Medical and sanitary report of the native army of Bengal for the year
Year: 1878
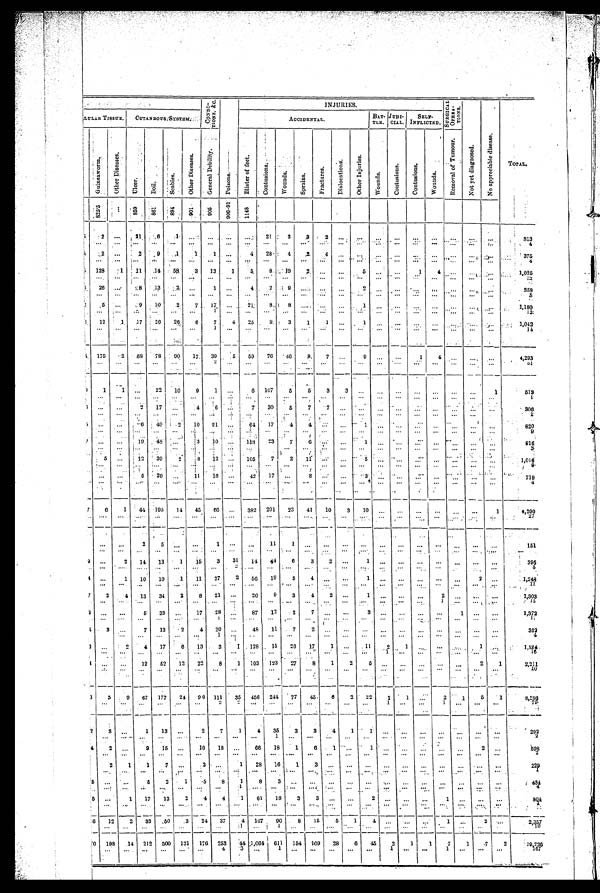
CONDI-
TIONS. &c.
INJURIES.
SURGI CAL
OPERA- TIONS.
LULAR T I S S U E .
CUTAN BOUS SYSTEM
ACCIDENTAL.
BAT-
TLE.
JUDI-
CIAL.
S
ELF-
INFLICTED.
G u i n e a w o r m .
O t h e r D i s e a s r s .
U l c e r .
B o i l .
S c a b i e s .
O t h e r D i s e a s e s .
G e n e r a l D e b i l i t y .
P o i s o n s . B l i s t e r o f f e e t .
C o n t u s i o n s .
W o u n d s .
S p r a i n s .
F r a c t u r e s .
D i s l o c a t i o n s .
O t h e r I n j u r i e s .
W o u n d s .
C o n t u s i o n s .
C o n t u s i o n s .
W o u n d s .
R e m o v a l o f T u m o u r .
N o t y e t d i a g n o s e d .
N o a p p r e c i a b l e d i s e a s e .
T O T A L .
8 2 5 . 5
...
859 861
8 9 4
9 0 1
9 0 5
9 0 6 - 9 1
1 1 4 8
5
2
. . .
2 1
6
1
. . .
. . .
. . .
...
21
3
3
2
. . .
. . .
. . .
. . .
...
. . .
. . .
. . .
. . .
313
...
...
...
. . . . . .
. . .
. . .
...
. . .
. . .
. . .
. . .
. . .
. . .
. . .
. .
. . .
...
...
. . .
. . .
. . .
4
2 ...
2
9
1
1
1 ...
4 28
4
2
4
. . .
. . .
. . .
. . .
...
...
. . .
. . .
. . .
375
... ...
... ...
. . .
. . .
. . . ...
. . .
. . .
. . .
. . .
. . . . . .
. . .
. . .
. . .
...
. . .
. . .
. . .
. . .
4
6 128
1
11
14
58
3
13
1
5
8 19
2
. . .
. . .
. . .
. . .
. . .
...
... ...
. . .
. . .
1,025
... ...
...
. . . ...
. . . ...
...
. . .
...
. . .
. . . . . .
. . .
...
. . .
. . .
. . .
...
. . . ...
...
1 2 .
26 ...
28 13
2
. . .
1 ...
4
2
9
. . . ...
. . .
2
. . . ...
. . . ...
. . .
. . .
. . .
3 5 8
...
. . .
...
. . .
. . .
. . .
. . . ...
...
. . . ...
. . .
. . .
. . .
. . .
. . .
. . .
. . .
. . .
. . .
. . .
. . .
5
5 ...
9
10
2
7
17 ...
21
8
8 ....
. . .
. . .
1
. . .
...
. . . ... ....
. . .
. . .
1,180
... ...
...
. . .
. . .
. . .
1
. . .
. . .
. . .
. . .
. . .
. . . ...
. . .
. . .
. . . ...
...
...
...
...
13
12
1
17
26 26
6
7
4
25
9
3
1
1
. . .
1
. . . ...
...
...
. . .
...
. . .
1,042
...
...
...
. . .
. . .
. . .
1
. . .
. . . . . .
. . .
. . .
. . .
. . .
. . . ...
...
...
. . .
. . .
. . .
. . .
14
175
2
68
78 90
17
39
5
59
76
46
8
7 ...
9
. . .
...
1
4
. . .
...
. . .
4,293
. . .
. . .
...
. . .
. . .
. . .
2
. . .
. . .
. . . . . .
. . .
. . .
. . .
. . .
. . .
. . .
...
. . . . . .
... ...
6 1
1
1
. . .
22
10
9
1
. . .
6 107
5
5
3
3
. . .
...
. . . ...
...
. . .
. . .
1
5 1 9
. . .
. . .
. . .
. . .
...
...
. . .
. . .
. . .
. . .
. . .
. . . ...
. . .
. . .
. . .
. . .
. . .
. . .
. . .
. . .
. . .
1
. . .
. . .
2
17 ...
4
6 ...
7
30
5
7 7
. . .
. . . ...
...
...
...
. . . ...
...
306
. . .
. . .
. . . ...
......
. . .
. . .
. . .
. . .
. . . ...
. . .
. . .
. . .
. . .
. . .
. . .
. . .
. . .
1
...
. . .
6
40
2
10
21
. . .
64
17
4
4
. . .
. . .
1
. . .
. . . ...
...
. . .
. . .
. . .
820
. . .
. . .
. . .
. . .
. . .
...
. . .
. . .
. . .
. . .
. . .
. . .
. . .
...
...
...
. . . ...
...
. . .
. . . . . .
9
. . .
. . .
19
48
...
3
10
. . . 158
23
7
6
...
. . .
1 ...
...
. . . ...
. . .
. . . .. .
916
. . .
. . .
. . .
. . .
. . .
......
...
. . .
. . .
. . . ...
. . .
. . .
. . .
. . .
. . .
. . . ...
...
...
3
5 . . .
1 2 39
2 8
12
. . .
105
7
2
11
...
. . .
5
...
. . .
. . . ...
. . .
. . .
. . .
1, 016
. . .
. . .
. . .
. . .
. . . ...
...
...
...
. . . ...
. . .
...
...
. . .
. . .
. . .
. . . ...
. . .
. . .
...
9
. . .
. . .
5 29
. . .
11 16
...
42
17 ... 8
...
. . .
3 ... ...
. . . . . .
. . .
. . .
. . .
719
...
. . .
. . .
. . .
. . . ...
...
... ...
. . .
. . .
...
...
. . .
. . .
. . .
. . .
. . .
. . .
. . .
. . .
. . .
4
7
6
1
44 195
14
45
66
. . .
382 201
23
41
10
3
1
...
. . .
...
...
. . . ...
1
4,290
. . . .
. . . .
. . . .
. . .
. . .
. . .
...
. . .
. . .
. . .
. . .
. . .
. . .
. . .
...
. . .
. . .
. . .
. . .
. . .
. . .
. . .
27
. . .
. . .
2
5
. . .
. . .
1 ...
...
11
1
. . .
. . .
. . .
. . . ...
. . .
...
...
. . .
...
...
151
. . .
. . .
. . . ...
. . .
. . .
. . .
. . .
. . .
. . .
. . .
. . .
. . .
. . .
. . .
. . . ...
. . .
. . .
. . .
...
. . .
. . .
9
. . .
2
14
13
1
15
3
31
14
44
6
3
2
. . .
1
. . .
. . . ...
. . .
. . .
...
. . .
395
. .
. . .
. . .
. . .
. . .
. . .
. . .
. . .
2 . . .
. . .
. . .
. . .
. . .
. . .
. . .
. . .
. . .
. . .
. . .
. . .
. . .
. . .
. . .
5
4
. . .
1
10
10
1
11
27
2
56
19
5
4
. . .
. . .
1 ...
...
...
...
. . .
2 ...
1,248
. . .
. . .
. . .
. . .
. . .
. . .
. . .
...
. . .
. . .
...
. . .
. . .
. . .
. . .
. . . . . .
. . .
. . .
. . .
...
. . .
12
7
2
4
13
34
2
8
21 ...
20
9
3
4
2
. . .
1
. . .
. . .
. . .
2
. . .
...
. . .
1,303
. . .
. . .
. . .
...
. . .
. . .
. . .
...
...
. . . ...
. . .
. . .
. . .
. . .
. . .
. . .
. . . 1
. . . ...
. . .
1 5
8 ...
...
5
33 ...
17
28 ...
87
12
2
7
. . .
. . .
3
. . .
. . .
. . .
. . .
1
. . .
. . .
1,372
. . .
. . .
. . . ...
. . .
. . .
1 ...
. . .
. . .
...
. . . . . .
. . .
. . . . . .
. . .
. . .
. . .
. . .
. . .
. . .
1 7
6
3
. . .
7
13
2
4
20 ...
48
11
7
2
. . . ...
...
. . .
. . .
. . .
. . . ...
...
. . .
352
. . .
. . . ...
. . .
. . .
1 ...
. . .
. . .
...
...
. . .
. . .
. . .
. . .
. . . . . .
. . .
...
. . .
. . .
4
3
. . .
2
4
17
6 13
3 1
128
15
26
17
1 ...
11
2
1
. . . ...
. . .
1
. . .
1,254
. . .
. . .
. . .
. . .
. . .
. . .
. . .
...
. . .
. . .
. . . ...
. . .
. . .
. . .
1
. . .
. . .
. . .
. . .
. . .
. . .
16
4
. . .
. . .
12
52
12 22
8 1
103 123
27 8
1
2
5
. . .
. . .
. . .
. . .
. . .
2
1
2,211
. . .
. . .
. . .
...
...
. . .
...
...
. . .
. . . ... ...
...
...
. . .
...
. . .
...
. . .
. . .
. . .
. . .
10
3
5
9
67 177
24
90 111
35 456 244
77
45
6
2
22
2
1
...
2
1
5
1
8,280.
. . .
. . .
. . .
...
. . .
. . . 2
2
. . .
. . . ...
. . .
. . .
. . .
...
1
. . . ...
1
...
. . .
. . .
7 9
2
3
. . .
1
13
. . .
2
7
1
4
35
3
3
4
1 1
...
...
. . .
. . .
. . .
...
. . .
292
. . . ...
. . .
. . . ...
...
...
...
...
1 ...
. . .
. . .
. . .
...
. . .
. . .
...
. . .
. . .
. . .
. . .
2
4
2
. . .
9
15
...
10
18
. . .
66
18
1
6
1
. . . 1
. . .
...
...
...
...
2 ...
5 9 8
. . .
...
. . .
. . . ...
. . .
. . . ...
. . .
. . .
. . .
. . .
. . .
. . . . . .
. . . . . .
. . .
. . .
. . .
. . .
. . .
2
2
1
1
7
...
3
. . .
1
28
16
1
3
. . .
. . .
. . . ...
...
. . .
. . .
. . .
. . .
. . .
229
. . .
. . .
. . .
. . .
. . .
. . .
. . .
. . .
. . .
. . .
. . .
. . .
. . .
. . .
. . . . . .
. . .
. . .
. . .
. . .
. . .
. . .
1
5
. . .
. . .
5
2
1
5
8
1
8
3
. . .
. . .
. . .
. . . . . .
. . .
...
. . .
...
. . .
. . .
...
434
. . .
. . .
. . .
. . .
. . .
. . .
. . .
1
. . .
. . .
. . .
. . .
. . .
. . .
. . .
. . .
. . .
. . .
. . .
...
. . .
. . .
4
5
. . .
1
17
13
2
4
4
1
61
18
3
3
. . . ...
2
. . .
. . .
. . . 1
...
. . .
. . .
8 0 4
...
. . .
. . .
. . .
. . .
. . .
. . .
. . .
. . .
. . .
. . .
. .
. . .
. . .
...
. . .
. . .
. . .
. . .
...
. . .
. . .
1
6
12
2
33
50
3
24
37
4 167
90
8
15
5
1
4
. . .
. . .
. . .
1 ...
2
. . .
2,357
. . .
. . .
. . .
. . .
. . .
. . .
. . .
1 ...
1
. . . ... ...
. . .
. . . . . .
...
. . .
. . .
. . .
. . .
. . .
1 0
0 198
14 212 500 131 176 253
44 1,064 611 154 109
28
6
45
2
1
1
'7
1
7
2
19,226
. . .
. . .
. . .
. . .
. . . ...
4
3 ...
1 ...
. . .
...
. . .
. . .
1 ...
. . .
1
. . .
. . .
...
1 6 7